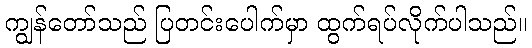
ကျွန်တော်သည် ပြတင်းပေါက်မှာ ထွက်ရပ်လိုက်ပါသည်။